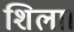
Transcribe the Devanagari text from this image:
शिला।